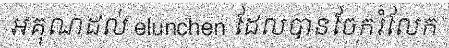
អគុណដល់ elunchen ដែលបានចែករំលែក